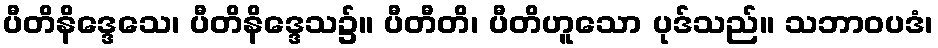
ပီတိနိဒ္ဒေသေ၊ ပီတိနိဒ္ဒေသ၌။ ပီတီတိ၊ ပီတိဟူသော ပုဒ်သည်။ သဘာဝပဒံ၊